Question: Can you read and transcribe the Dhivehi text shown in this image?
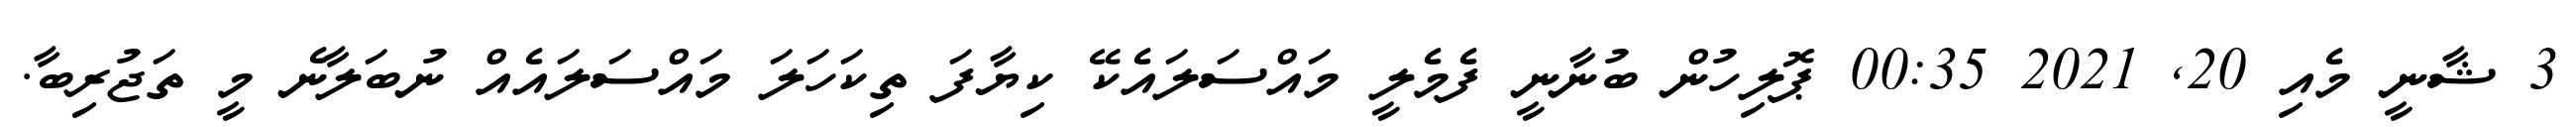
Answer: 3 ޝާނީ މެއި 20, 2021 00:35 ޕޮލިހުން ބުނާނީ ފެމެލީ މައްސަލައެކޭ ކިޔާފަ ތިކަހަލަ މައްސަލައެއް ނުބަލާނެ މީ ތަޖުރިބާ.